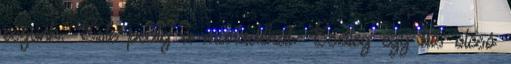
eszünk. Este pedig a maradékát. Esetleg egy kis olcsó